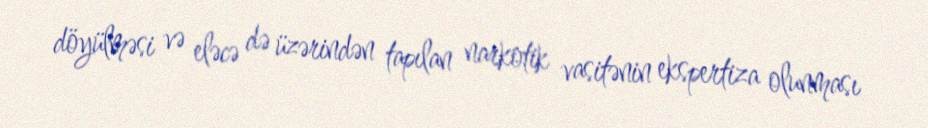
döyülməsi və eləcə də üzərindən tapılan narkotik vasitənin ekspertiza olunması